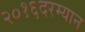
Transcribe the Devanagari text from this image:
२०१६दरम्यान